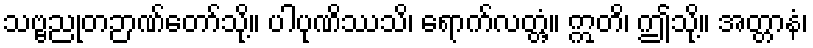
သဗ္ဗညုတဉာဏ်တော်သို့။ ပါပုဏိဿသိ၊ ရောက်လတ္တံ့။ ဣတိ၊ ဤသို့။ အတ္တာနံ၊